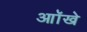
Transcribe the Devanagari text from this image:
आॉखे